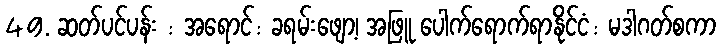
49. ဆတ်ပင်ပန်း : အရောင်: ခရမ်းဖျော့၊ အဖြူ ပေါက်ရောက်ရာနိုင်ငံ: မဒါဂတ်စကာ